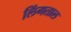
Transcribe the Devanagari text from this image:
लिंगताल